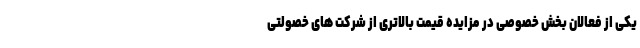
یکی از فعالان بخش خصوصی در مزایده قیمت بالاتری از شرکت های خصولتی